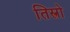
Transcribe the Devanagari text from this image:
तिस्त्रो